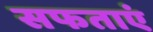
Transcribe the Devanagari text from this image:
सफताएं